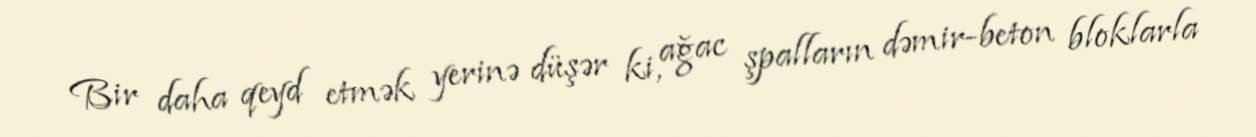
Bir daha qeyd etmək yerinə düşər ki, ağac şpalların dəmir-beton bloklarla